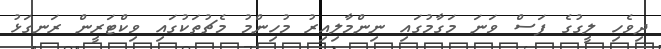
ދިވެހި ލީގުގެ ފަސް ވަނަ މަގާމުގައި ނިންމާލިއިރު މުހިންމު މެޗުތަކުގައި ވިކްޓަރީން ރަނގަޅު